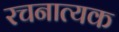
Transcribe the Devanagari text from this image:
रचनात्यक